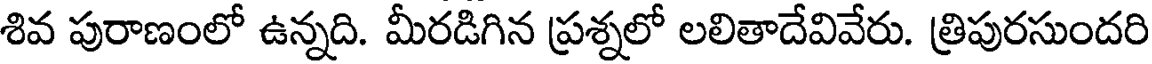
శివ పురాణంలో ఉన్నది. మీరడిగిన ప్రశ్నలో లలితాదేవివేరు. త్రిపురసుందరి